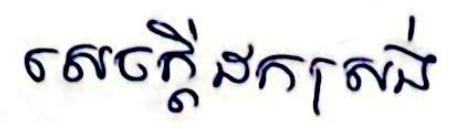
សេចក្ដីដកស្រង់